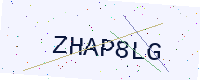
Text: ZHAP8LG